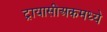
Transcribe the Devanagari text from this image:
ट्रायासीअकमध्ये